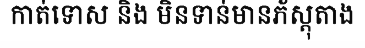
កាត់ទោស និង មិនទាន់មានភ័ស្តុតាង